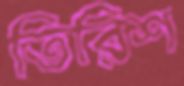
তিরিশ